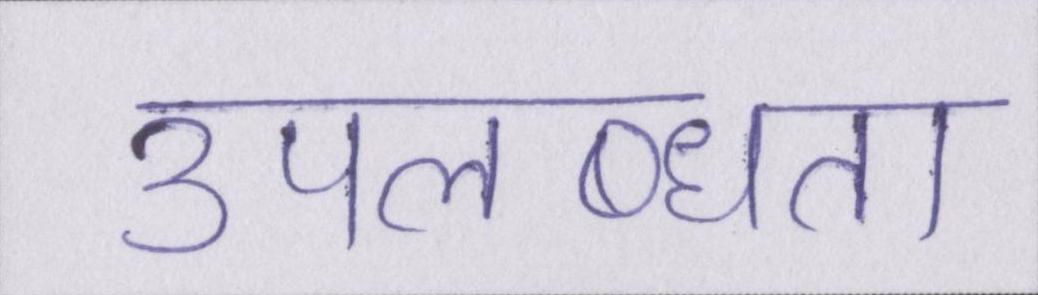
उपलब्धता